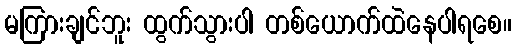
မကြားချင်ဘူး ထွက်သွားပါ တစ်ယောက်ထဲနေပါရစေ။